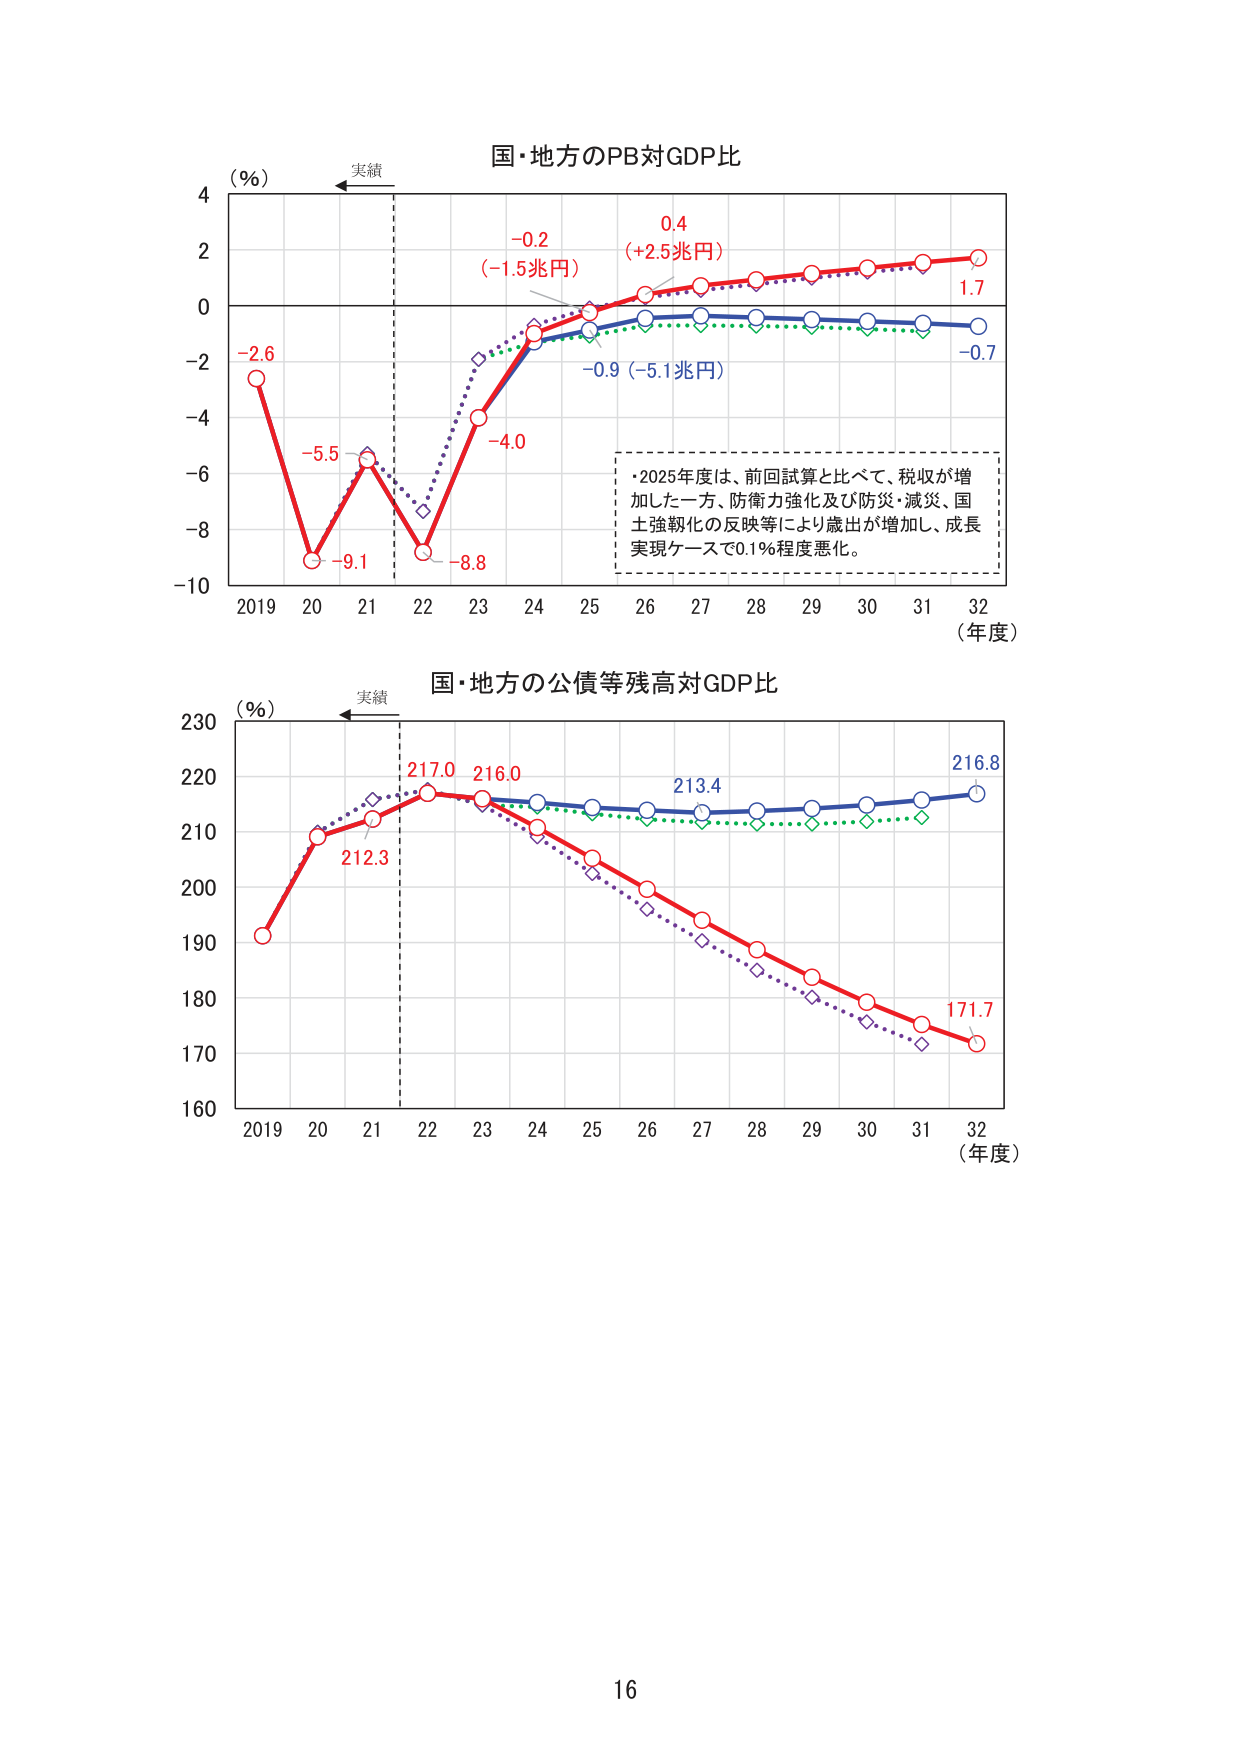
国・地方のPB対GDP比
(%)
実績
4
2
0
-2
-4
-6
-8
-10
2019 20 21 22 23 24 25 26 27 28 29 30 31 32
(年度)
-2.6
-5.5
-9.1
-8.8
-4.0
-0.2
(-1.5兆円)
-0.9 (-5.1兆円)
0.4
(+2.5兆円)
1.7
-0.7
・2025年度は、前回試算と比べて、税収が増加した一方、防衛力強化及び防災・減災、国土強靭化の反映等により歳出が増加し、成長実現ケースで0.1%程度悪化。

国・地方の公債等残高対GDP比
(%)
実績
230
220
210
200
190
180
170
160
2019 20 21 22 23 24 25 26 27 28 29 30 31 32
(年度)
212.3
217.0
216.0
213.4
216.8
171.7

16